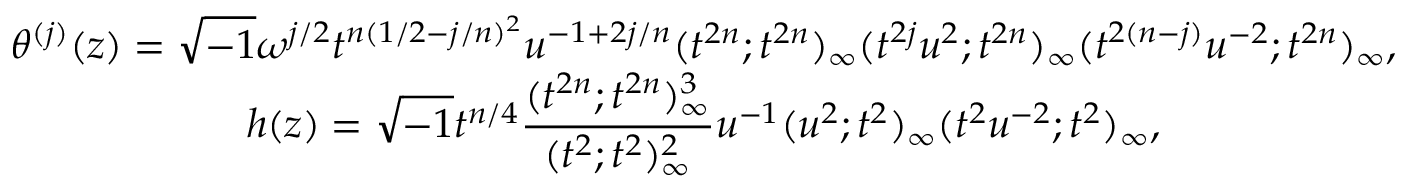
\begin{array} { c } { { \theta ^ { ( j ) } ( z ) = \sqrt { - 1 } \omega ^ { j / 2 } t ^ { n ( 1 / 2 - j / n ) ^ { 2 } } u ^ { - 1 + 2 j / n } ( t ^ { 2 n } ; t ^ { 2 n } ) _ { \infty } ( t ^ { 2 j } u ^ { 2 } ; t ^ { 2 n } ) _ { \infty } ( t ^ { 2 ( n - j ) } u ^ { - 2 } ; t ^ { 2 n } ) _ { \infty } , } } \\ { { h ( z ) = \sqrt { - 1 } t ^ { n / 4 } \displaystyle \frac { ( t ^ { 2 n } ; t ^ { 2 n } ) _ { \infty } ^ { 3 } } { ( t ^ { 2 } ; t ^ { 2 } ) _ { \infty } ^ { 2 } } u ^ { - 1 } ( u ^ { 2 } ; t ^ { 2 } ) _ { \infty } ( t ^ { 2 } u ^ { - 2 } ; t ^ { 2 } ) _ { \infty } , } } \end{array}